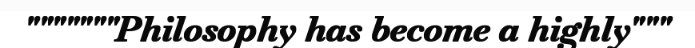
"""""""Philosophy has become a highly"""